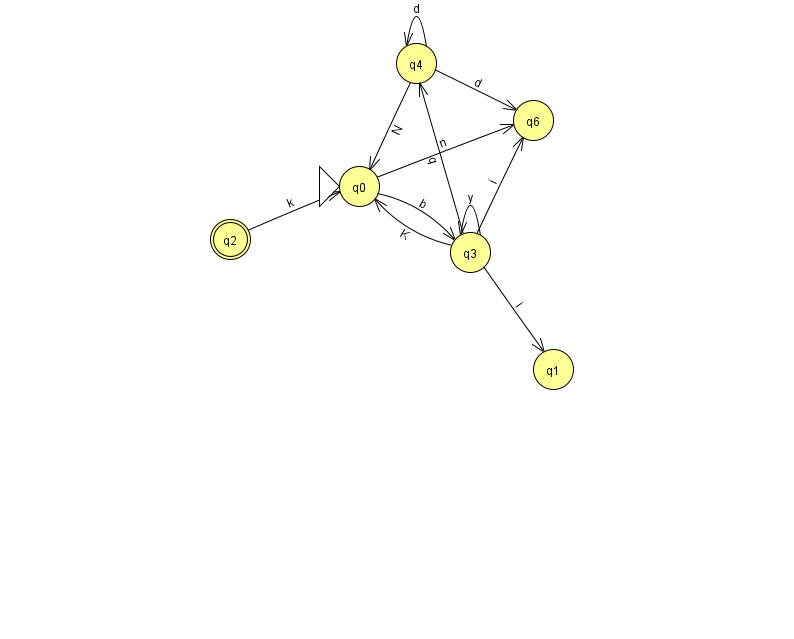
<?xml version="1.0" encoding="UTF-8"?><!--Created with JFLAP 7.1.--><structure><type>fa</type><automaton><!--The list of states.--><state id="0" name="q0"><x>359.0</x><y>173.0</y><initial/></state><state id="1" name="q1"><x>553.0</x><y>356.0</y></state><state id="2" name="q2"><x>230.0</x><y>226.0</y><final/></state><state id="3" name="q3"><x>470.0</x><y>239.0</y></state><state id="4" name="q4"><x>416.0</x><y>50.0</y></state><state id="6" name="q6"><x>533.0</x><y>107.0</y></state><!--The list of transitions.--><transition><from>3</from><to>4</to><read>q</read></transition><transition><from>3</from><to>0</to><read>K</read></transition><transition><from>4</from><to>4</to><read>d</read></transition><transition><from>4</from><to>6</to><read>d</read></transition><transition><from>0</from><to>6</to><read>n</read></transition><transition><from>4</from><to>0</to><read>N</read></transition><transition><from>3</from><to>1</to><read>i</read></transition><transition><from>3</from><to>3</to><read>y</read></transition><transition><from>3</from><to>6</to><read>i</read></transition><transition><from>0</from><to>3</to><read>b</read></transition><transition><from>2</from><to>0</to><read>k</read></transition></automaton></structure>